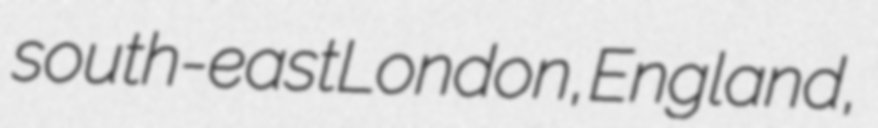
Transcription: south-east London, England,